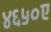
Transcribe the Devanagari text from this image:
४६५०ए